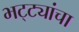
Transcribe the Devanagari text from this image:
भट्ट्यांचा